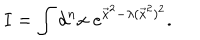
I = \int d ^ { n } x \; e ^ { \vec { x } ^ { 2 } - \lambda ( \vec { x } ^ { 2 } ) ^ { 2 } } .